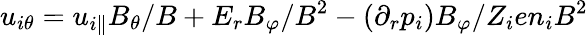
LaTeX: u_{i\theta}=u_{i\parallel}B_{\theta}/B+E_{r}B_{\varphi}/B^{2}-(\partial_{r}p_{i})B_{\varphi}/Z_{i}en_{i}B^{2}